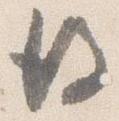
後